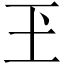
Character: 玊